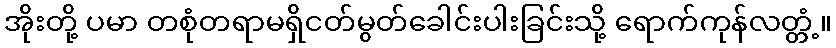
အိုးတို့ ပမာ တစုံတရာမရှိငတ်မွတ်ခေါင်းပါးခြင်းသို့ ရောက်ကုန်လတ္တံ့။